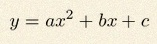
y=ax^2+bx+c